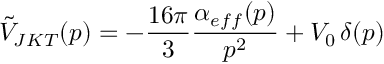
\tilde { V } _ { J K T } ( p ) = - \frac { 1 6 \pi } { 3 } \frac { \alpha _ { e f f } ( p ) } { p ^ { 2 } } + V _ { 0 } \, \delta ( p )